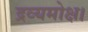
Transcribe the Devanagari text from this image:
द्रव्यमोक्ष।